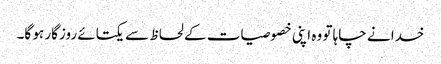
خدا نے چاہا تو وہ اپنی خصوصیات کے لحاظ سے یکتائے روزگار ہو گا۔